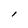
Character: 1